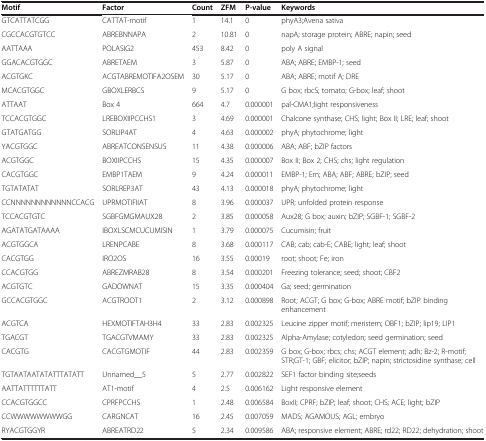
<table><thead><tr><td><b>Motif</b></td><td><b>Factor</b></td><td><b>Count</b></td><td><b>ZFM</b></td><td><b>P-value</b></td><td><b>Keywords</b></td></tr></thead><tbody><tr><td>GTCATTATCGG</td><td>CATTAT-motif</td><td>1</td><td>14.1</td><td>0</td><td>phyA3;Avena sativa</td></tr><tr><td>CGCCACGTGTCC</td><td>ABREBNNAPA</td><td>2</td><td>10.81</td><td>0</td><td>napA; storage protein; ABRE; napin; seed</td></tr><tr><td>AATTAAA</td><td>POLASIG2</td><td>453</td><td>8.42</td><td>0</td><td>poly A signal</td></tr><tr><td>GGACACGTGGC</td><td>ABRETAEM</td><td>3</td><td>5.87</td><td>0</td><td>ABA; ABRE; EMBP-1; seed</td></tr><tr><td>ACGTGKC</td><td>ACGTABREMOTIFA2OSEM</td><td>30</td><td>5.17</td><td>0</td><td>ABA; ABRE; motif A; DRE</td></tr><tr><td>MCACGTGGC</td><td>GBOXLERBCS</td><td>9</td><td>5.17</td><td>0</td><td>G box; rbcS; tomato; G-box; leaf; shoot</td></tr><tr><td>ATTAAT</td><td>Box 4</td><td>664</td><td>4.7</td><td>0.000001</td><td>pal-CMA1;light responsiveness</td></tr><tr><td>TCCACGTGGC</td><td>LREBOXIIPCCHS1</td><td>3</td><td>4.69</td><td>0.000001</td><td>Chalcone synthase; CHS; light; Box II; LRE; leaf; shoot</td></tr><tr><td>GTATGATGG</td><td>SORLIP4AT</td><td>4</td><td>4.63</td><td>0.000002</td><td>phyA; phytochrome; light</td></tr><tr><td>YACGTGGC</td><td>ABREATCONSENSUS</td><td>11</td><td>4.38</td><td>0.000006</td><td>ABA; ABF; bZIP factors</td></tr><tr><td>ACGTGGC</td><td>BOXIIPCCHS</td><td>15</td><td>4.35</td><td>0.000007</td><td>Box II; Box 2; CHS; chs; light regulation</td></tr><tr><td>CACGTGGC</td><td>EMBP1TAEM</td><td>9</td><td>4.24</td><td>0.000011</td><td>EMBP-1; Em; ABA; ABF; ABRE; bZIP; seed</td></tr><tr><td>TGTATATAT</td><td>SORLREP3AT</td><td>43</td><td>4.13</td><td>0.000018</td><td>phyA; phytochrome; light</td></tr><tr><td>CCNNNNNNNNNNNNCCACG</td><td>UPRMOTIFIIAT</td><td>8</td><td>3.96</td><td>0.000037</td><td>UPR; unfolded protein response</td></tr><tr><td>TCCACGTGTC</td><td>SGBFGMGMAUX28</td><td>2</td><td>3.85</td><td>0.000058</td><td>Aux28; G box; auxin; bZIP; SGBF-1; SGBF-2</td></tr><tr><td>AGATATGATAAAA</td><td>IBOXLSCMCUCUMISIN</td><td>1</td><td>3.79</td><td>0.000075</td><td>Cucumisin; fruit</td></tr><tr><td>ACGTGGCA</td><td>LRENPCABE</td><td>8</td><td>3.68</td><td>0.000117</td><td>CAB; cab; cab-E; CABE; light; leaf; shoot</td></tr><tr><td>CACGTGG</td><td>IRO2OS</td><td>16</td><td>3.55</td><td>0.00019</td><td>root; shoot; Fe; iron</td></tr><tr><td>CCACGTGG</td><td>ABREZMRAB28</td><td>8</td><td>3.54</td><td>0.000201</td><td>Freezing tolerance; seed; shoot; CBF2</td></tr><tr><td>ACGTGTC</td><td>GADOWNAT</td><td>15</td><td>3.35</td><td>0.000404</td><td>Ga; seed; germination</td></tr><tr><td>GCCACGTGGC</td><td>ACGTROOT1</td><td>2</td><td>3.12</td><td>0.000898</td><td>Root; ACGT; G box; G-box; ABRE motif; bZIP binding enhancement</td></tr><tr><td>ACGTCA</td><td>HEXMOTIFTAH3H4</td><td>33</td><td>2.83</td><td>0.002325</td><td>Leucine zipper motif; meristem; OBF1; bZIP; lip19; LIP1</td></tr><tr><td>TGACGT</td><td>TGACGTVMAMY</td><td>33</td><td>2.83</td><td>0.002325</td><td>Alpha-Amylase; cotyledon; seed germination; seed</td></tr><tr><td>CACGTG</td><td>CACGTGMOTIF</td><td>44</td><td>2.83</td><td>0.002359</td><td>G box; G-box; rbcs; chs; ACGT element; adh; Bz-2; R-motif; STR;GT-1; GBF; elicitor; bZIP; napin; strictosidine synthase; cell</td></tr><tr><td>TGTAATAATATATTTATATT</td><td>Unnamed__5</td><td>5</td><td>2.77</td><td>0.002822</td><td>SEF1 factor binding site;seeds</td></tr><tr><td>AATTATTTTTTATT</td><td>AT1-motif</td><td>4</td><td>2.5</td><td>0.006162</td><td>Light responsive element</td></tr><tr><td>CCACGTGGCC</td><td>CPRFPCCHS</td><td>1</td><td>2.48</td><td>0.006584</td><td>BoxII; CPRF; bZIP; leaf; shoot; CHS; ACE; light; bZIP</td></tr><tr><td>CCWWWWWWWWGG</td><td>CARGNCAT</td><td>16</td><td>2.45</td><td>0.007059</td><td>MADS; AGAMOUS; AGL; embryo</td></tr><tr><td>RYACGTGGYR</td><td>ABREATRD22</td><td>5</td><td>2.34</td><td>0.009586</td><td>ABA; responsive element; ABRE; rd22; RD22; dehydration; shoot</td></tr></tbody></table>